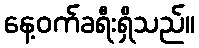
နေ့ဝက်ခရီးရှိသည်။